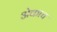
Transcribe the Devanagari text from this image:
अेकाच